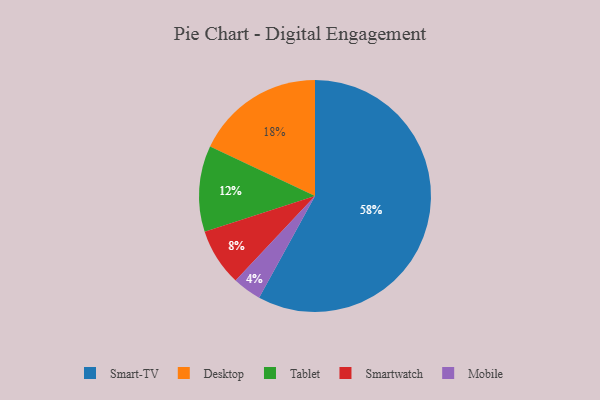
{"axis": {"x": "Category", "y": "Percentage"}, "legend": ["Desktop", "Mobile", "Smart-TV", "Smartwatch", "Tablet"], "data": [{"x": "Mobile", "y": 4, "type": "Mobile"}, {"x": "Smartwatch", "y": 8, "type": "Smartwatch"}, {"x": "Tablet", "y": 12, "type": "Tablet"}, {"x": "Desktop", "y": 18, "type": "Desktop"}, {"x": "Smart-TV", "y": 58, "type": "Smart-TV"}]}